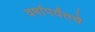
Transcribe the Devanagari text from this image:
वर्षापर्यंतचे